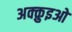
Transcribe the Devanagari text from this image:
अक्क़ुइओ